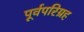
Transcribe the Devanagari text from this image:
पूर्वपरिग्रह